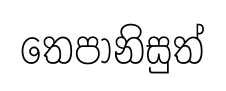
තෙපානිසුත්